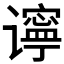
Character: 𫍾